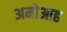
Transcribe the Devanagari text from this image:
अमोआह